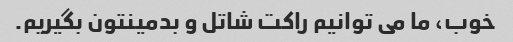
خوب، ما می توانیم راکت شاتل و بدمینتون بگیریم.